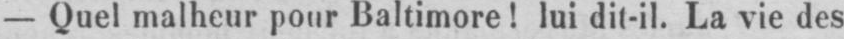
- Quel malheur pour Baltimore! lui dit-il. La vie des